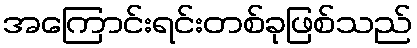
အကြောင်းရင်းတစ်ခုဖြစ်သည်